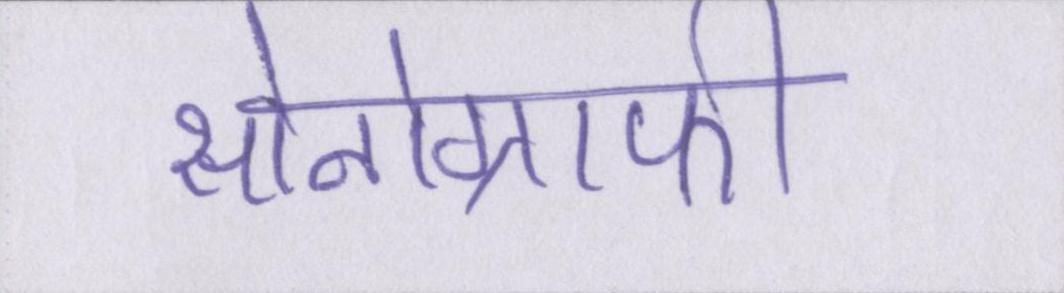
सोनोग्राफी